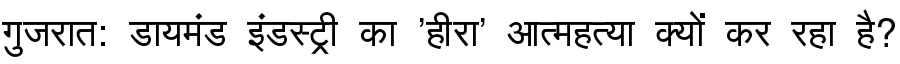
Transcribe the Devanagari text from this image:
गुजरात: डायमंड इंडस्ट्री का 'हीरा' आत्महत्या क्यों कर रहा है?